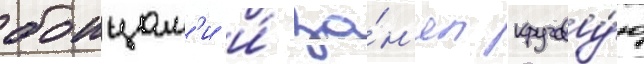
боицам'и и́ за́н'ял кругову́ю